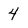
Character: 4